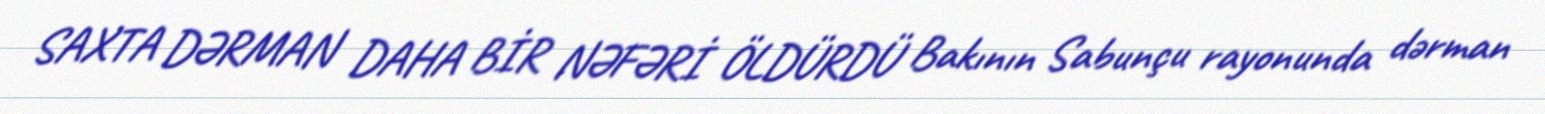
SAXTA DƏRMAN DAHA BİR NƏFƏRİ ÖLDÜRDÜ Bakının Sabunçu rayonunda dərman